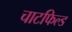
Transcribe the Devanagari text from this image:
चाटफिल्ड